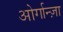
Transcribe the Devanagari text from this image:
ओर्गान्ज़ा